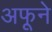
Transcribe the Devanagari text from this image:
अफूने